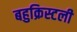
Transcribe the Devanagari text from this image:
बहुक्रिस्टली